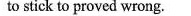
to stick to proved wrong.